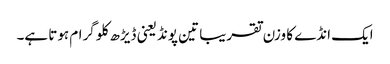
ایک انڈے کا وزن تقریبا تین پونڈ یعنی ڈیڑھ کلو گرام ہوتا ہے۔